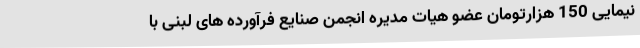
نیمایی 150 هزارتومان عضو هیات مدیره انجمن صنایع فرآورده های لبنی با